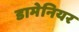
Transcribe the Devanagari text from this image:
डामेनियर